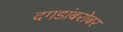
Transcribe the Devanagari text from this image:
दगडांबरोबर